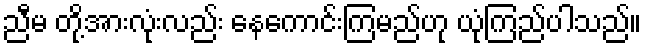
ညီမ တို့အားလုံးလည်း နေကောင်းကြမည်ဟု ယုံကြည်ပါသည်။